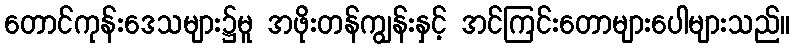
တောင်ကုန်းဒေသများ၌မူ အဖိုးတန်ကျွန်းနှင့် အင်ကြင်းတောများပေါများသည်။